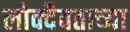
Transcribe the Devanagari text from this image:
लोक्दैवताच्या